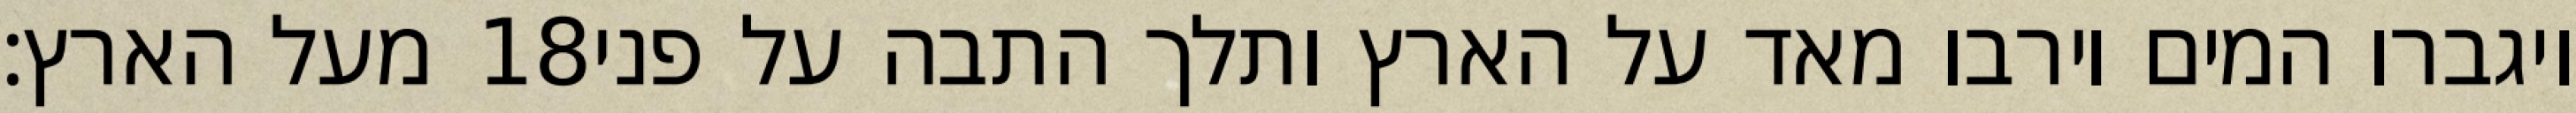
מעל הארץ׃ ‎18‏ ויגברו המים וירבו מאד על הארץ ותלך התבה על פני